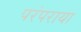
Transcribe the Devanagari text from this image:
परंपराया